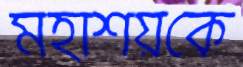
মহাশয়কে